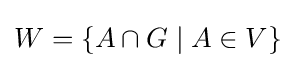
W=\{A\cap G\mid A\in V\}